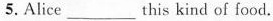
5.Alice____this kind of food.